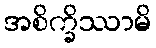
အစိက္ခိဿာမိ